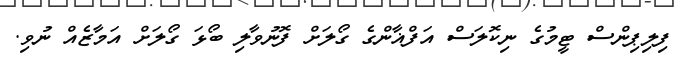
ފިލިޕިންސް ޓީމުގެ ނިކޮލަސް އަފްޣާންގެ ގޯލަށް ފޮނުވާލި ބޯޅަ ގޯލަށް އަމާޒެއް ނުވި.